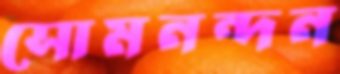
সোমনন্দন